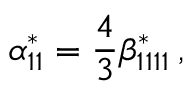
\alpha _ { 1 1 } ^ { * } = \frac { 4 } { 3 } \beta _ { 1 1 1 1 } ^ { * } \, ,